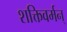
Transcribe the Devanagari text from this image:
शक्तिवर्मन्‌